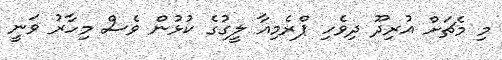
މި މެޗަށް އުރިދޫ ދިވެހި ޕްރެމިއާ ލީގުގެ ކުޅުން ވެސް މިހާރު ވަނީ